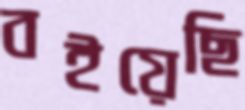
বইয়েছি